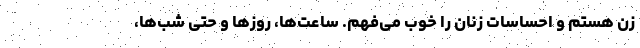
زن هستم و احساسات زنان را خوب می‌فهم. ساعت‌ها، روز‌ها و حتی شب‌ها،